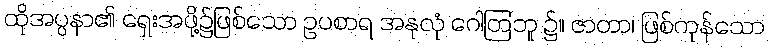
ထိုအပ္ပနာ၏ ရှေးအဖို့၌ဖြစ်သော ဥပစာရ အနုလုံ ဂေါတြဘူ ၌။ ဇာတာ၊ ဖြစ်ကုန်သော